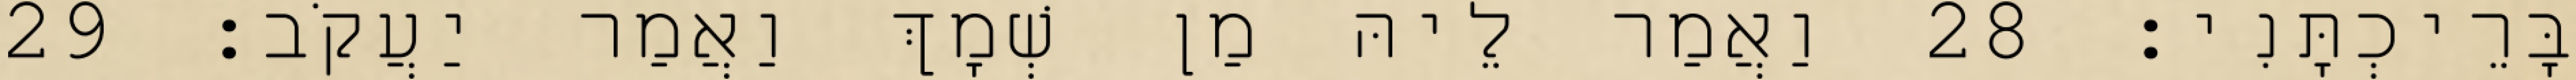
בָּרֵיכְתָּנִי׃ 28 וַאֲמַר לֵיהּ מַן שְׁמָךְ וַאֲמַר יַעֲקֹב׃ 29